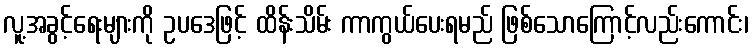
လူ့အခွင့်ရေးများကို ဥပဒေဖြင့် ထိန်းသိမ်း ကာကွယ်ပေးရမည် ဖြစ်သောကြောင့်လည်းကောင်း၊